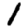
Digit: 1